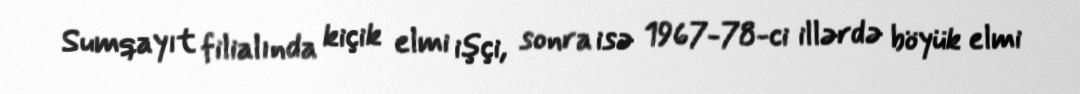
Sumqayıt filialında kiçik elmi işçi, sonra isə 1967-78-ci illərdə böyük elmi